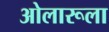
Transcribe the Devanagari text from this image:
ओलारूला